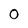
Character: 0